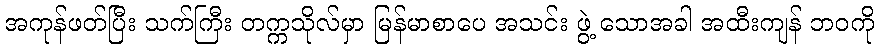
အကုန်ဖတ်ပြီး သက်ကြီး တက္ကသိုလ်မှာ မြန်မာစာပေ အသင်း ဖွဲ့ သောအခါ အထီးကျန် ဘဝကို